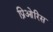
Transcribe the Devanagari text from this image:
प्रिओरिस